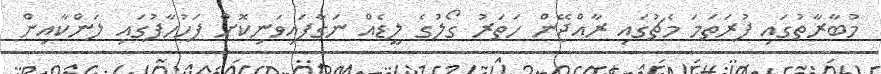
މުބާރާތުގައި ފުރަތަމަ މެޗުގައި ރާއްޖޭން ހަތަރު ގޯލުގެ ލީޑެއް ނަގާފައިވަނިކޮށް ފަހުހާފުގައި ލަންކާއިން